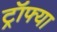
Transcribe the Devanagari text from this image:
ट्रॉफ्या